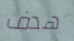
هدف